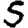
Digit: 5